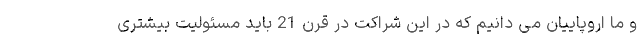
و ما اروپاییان می دانیم که در این شراکت در قرن 21 باید مسئولیت بیشتری